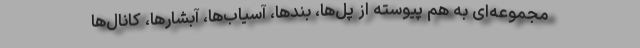
مجموعه‌ای به هم پیوسته از پل‌ها، بندها، آسیاب‌ها، آبشارها، کانال‌ها